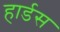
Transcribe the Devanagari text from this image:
हार्डस